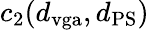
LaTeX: c_{2}(d_{\mathrm{vga}},d_{\mathrm{PS}})